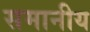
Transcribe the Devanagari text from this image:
समानीय